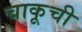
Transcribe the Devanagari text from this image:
चाकूची